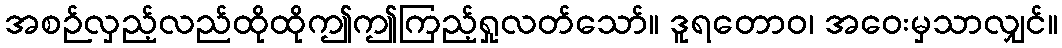
အစဉ်လှည့်လည်ထိုထိုဤဤကြည့်ရှုလတ်သော်။ ဒူရတောဝ၊ အဝေးမှသာလျှင်။